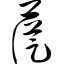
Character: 苁